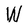
Character: W